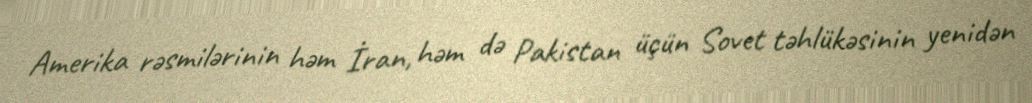
Amerika rəsmilərinin həm İran, həm də Pakistan üçün Sovet təhlükəsinin yenidən